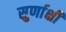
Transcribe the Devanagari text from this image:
सुर्णाक्षी